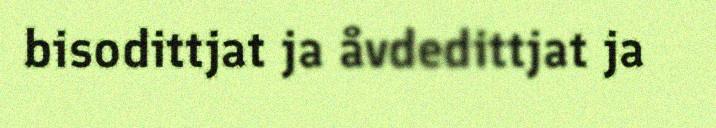
bisodittjat ja åvdedittjat ja